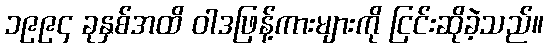
၁၉၉၄ ခုနှစ်အထိ ဝါဒဖြန့်ကားများကို ငြင်းဆိုခဲ့သည်။